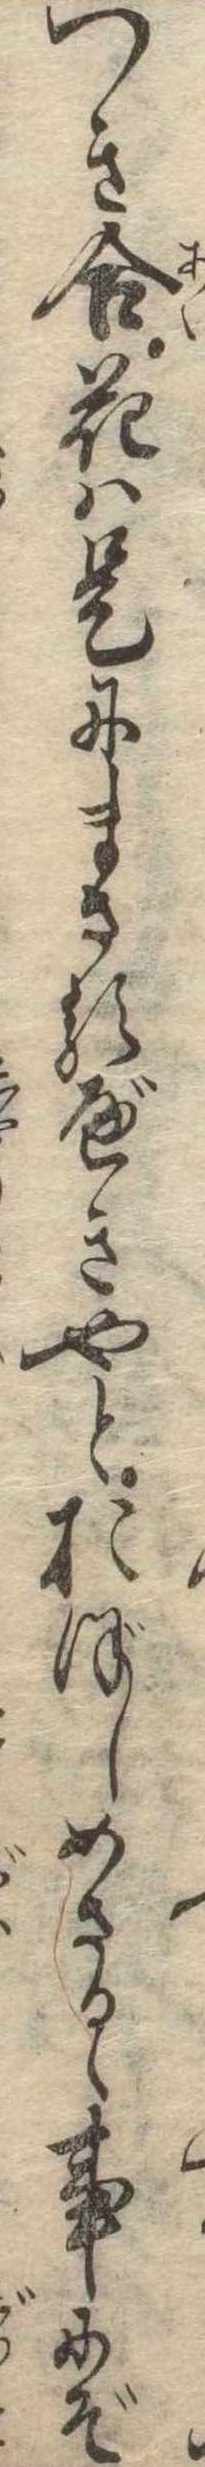
つき合花は是にまさるべきやとおぼしめさるゝ事にぞ